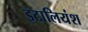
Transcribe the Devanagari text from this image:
इटालियंश